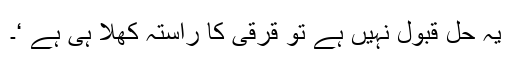
یہ حل قبول نہیں ہے تو قرقی کا راستہ کھلا ہی ہے ‘۔